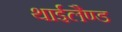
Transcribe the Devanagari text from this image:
थाईलैण्‍ड